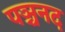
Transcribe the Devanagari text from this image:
पञ्चनद